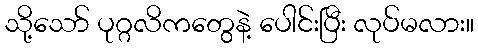
သို့သော် ပုဂ္ဂလိကတွေနဲ့ ပေါင်းပြီး လုပ်မလား။